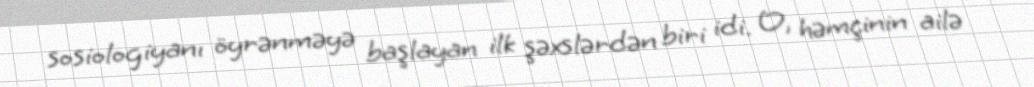
sosiologiyanı öyrənməyə başlayan ilk şəxslərdən biri idi. O, həmçinin ailə